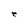
Character: e